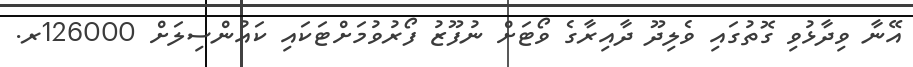
އޭނާ ވިދާޅުވި ގޮތުގައި ވެލިދޫ ދާއިރާގެ ވޯޓަށް ނުފޫޒު ފޯރުވުމަށްޓަކައި ކައުންސިލަށް 126000ރ.